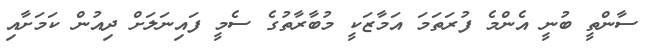
ސާންތީ ބުނީ އެންމެ ފުރަތަމަ އަމާޒަކީ މުބާރާތުގެ ސެމީ ފައިނަލަށް ދިއުން ކަމަށާއި